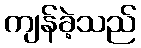
ကျန်ခဲ့သည်